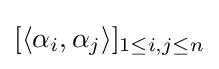
[\langle \alpha _{i},\alpha _{j}\rangle ]_{1\leq i,j\leq n}